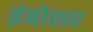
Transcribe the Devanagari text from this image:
इंबोशर